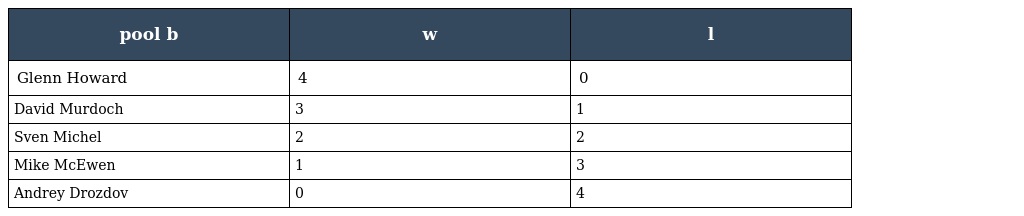
| pool b | w | l |
 | --- | --- | --- |
 | Glenn Howard | 4 | 0 |
 | David Murdoch | 3 | 1 |
 | Sven Michel | 2 | 2 |
 | Mike McEwen | 1 | 3 |
 | Andrey Drozdov | 0 | 4 |